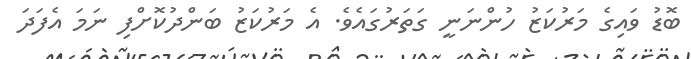
ބޮޑު ވައިގެ މަރުކަޒު ހުންނަނީ ގަތަރުގައެވެ. އެ މަރުކަޒު ބަންދުކޮށްފި ނަމަ އެފަދަ